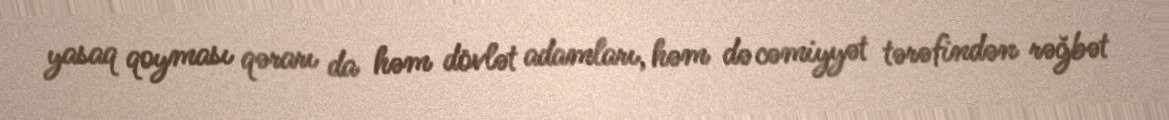
yasaq qoyması qərarı da həm dövlət adamları, həm də cəmiyyət tərəfindən rəğbət